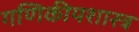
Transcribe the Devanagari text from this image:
गणिकीयशास्त्र